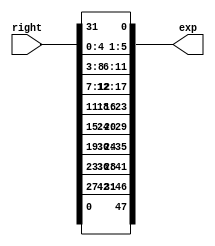
module expansion(input[1:32] right,output[0:47] exp);
assign exp[0]=right[32];
assign exp[1]=right[1];
assign exp[2]=right[2];
assign exp[3]=right[3];
assign exp[4]=right[4];
assign exp[5]=right[5];
assign exp[6]=right[4];
assign exp[7]=right[5];
assign exp[8]=right[6];
assign exp[9]=right[7];
assign exp[10]=right[8];
assign exp[11]=right[9];
assign exp[12]=right[8];
assign exp[13]=right[9];
assign exp[14]=right[10];
assign exp[15]=right[11];
assign exp[16]=right[12];
assign exp[17]=right[13];
assign exp[18]=right[12];
assign exp[19]=right[13];
assign exp[20]=right[14];
assign exp[21]=right[15];
assign exp[22]=right[16];
assign exp[23]=right[17];
assign exp[24]=right[16];
assign exp[25]=right[17];
assign exp[26]=right[18];
assign exp[27]=right[19];
assign exp[28]=right[20];
assign exp[29]=right[21];
assign exp[30]=right[20];
assign exp[31]=right[21];
assign exp[32]=right[22];
assign exp[33]=right[23];
assign exp[34]=right[24];
assign exp[35]=right[25];
assign exp[36]=right[24];
assign exp[37]=right[25];
assign exp[38]=right[26];
assign exp[39]=right[27];
assign exp[40]=right[28];
assign exp[41]=right[29];
assign exp[42]=right[28];
assign exp[43]=right[29];
assign exp[44]=right[30];
assign exp[45]=right[31];
assign exp[46]=right[32];
assign exp[47]=right[1];
endmodule